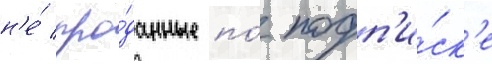
н'е́ про́данные по́ подп'и́ск'е